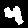
Label: 4